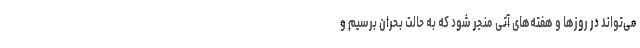
می‌تواند در روزها و هفته‌های آتی منجر شود که به حالت بحران برسیم و